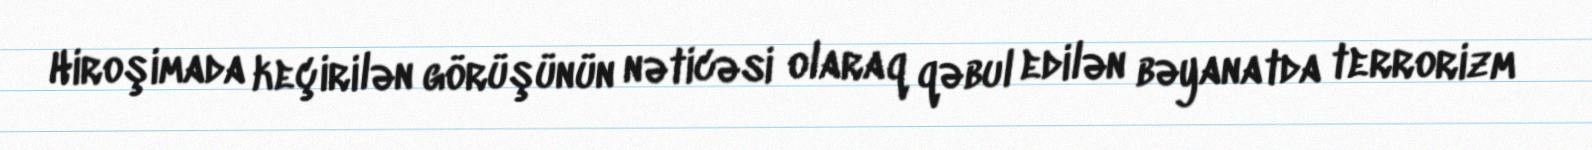
Hiroşimada keçirilən görüşünün nəticəsi olaraq qəbul edilən bəyanatda terrorizm